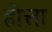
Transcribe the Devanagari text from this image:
होत्ता